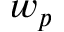
w _ { p }